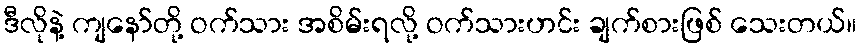
ဒီလိုနဲ့ ကျနော်တို့ ဝက်သား အစိမ်းရလို့ ဝက်သားဟင်း ချက်စားဖြစ် သေးတယ်။